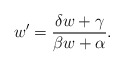
\begin{align*}w' = {\delta w + \gamma \over \beta w + \alpha} .\end{align*}